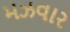
મઝવાર